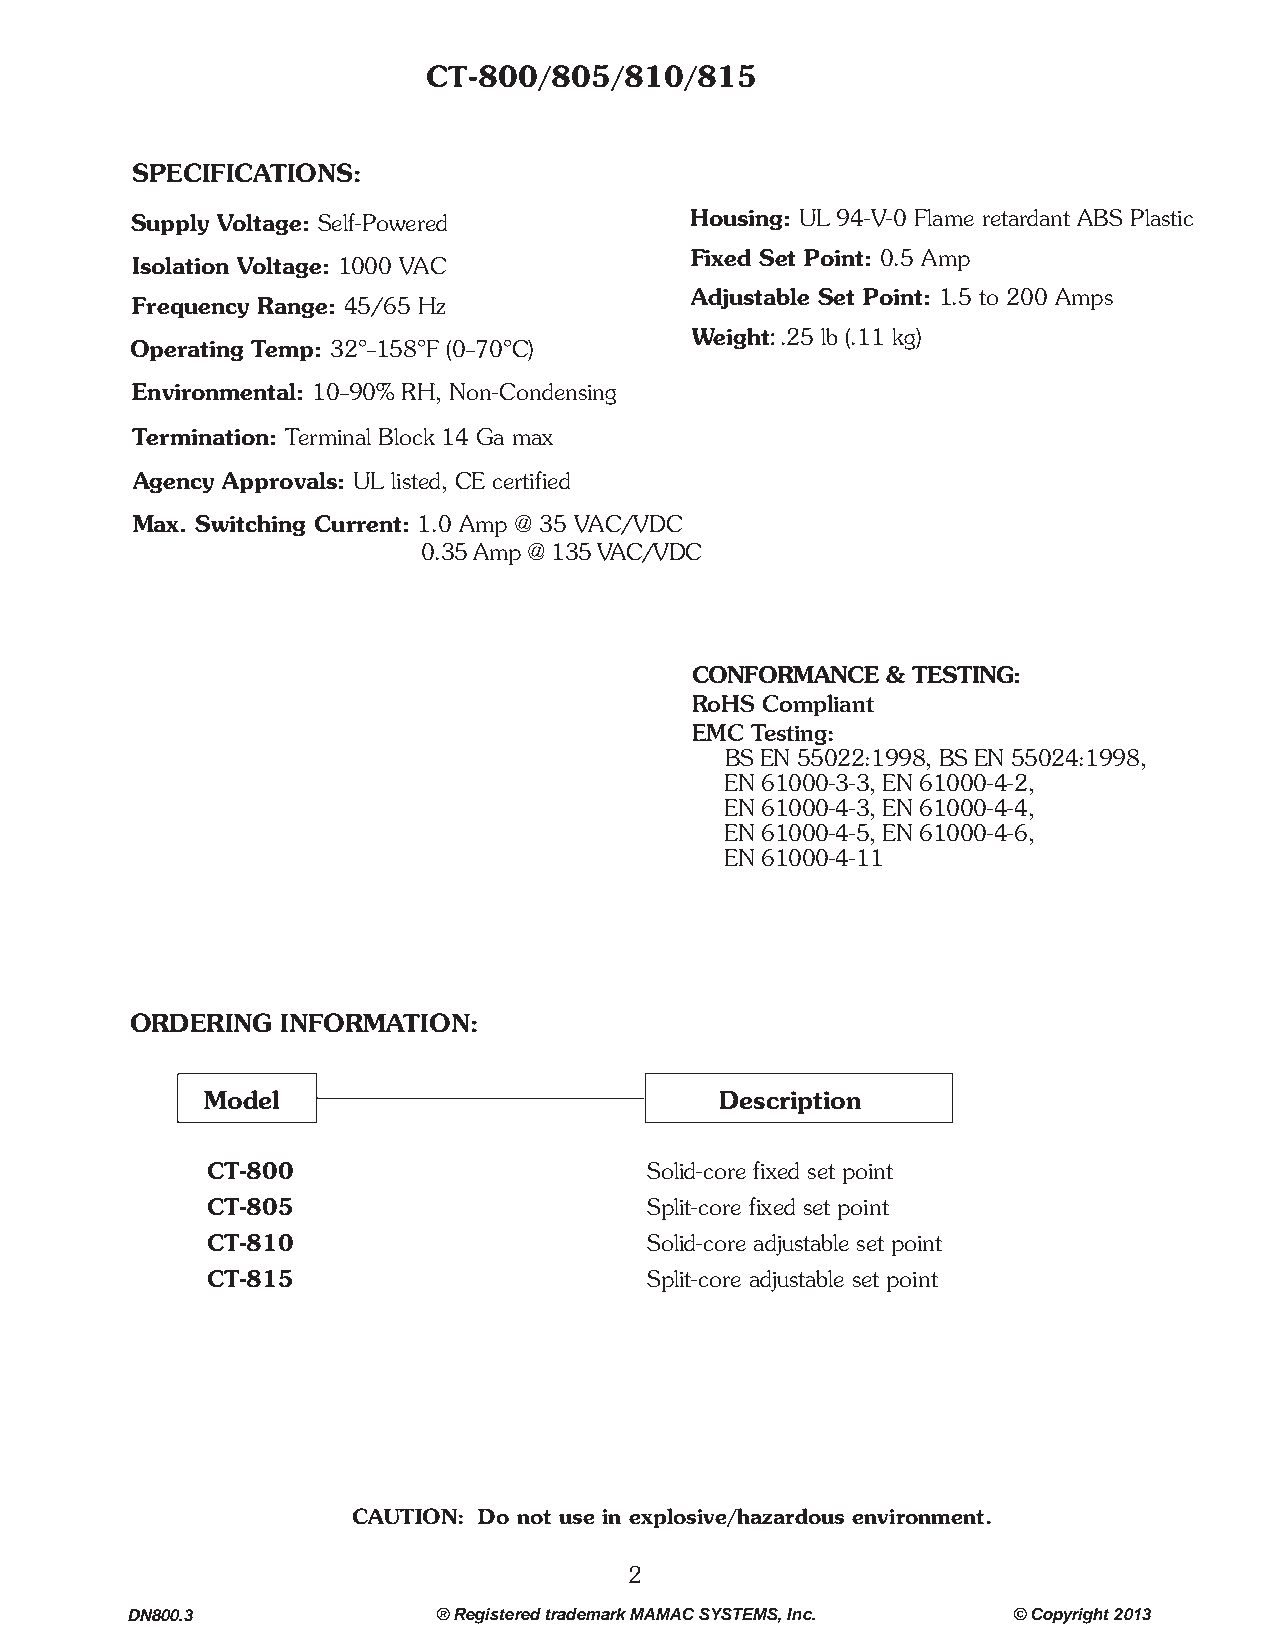
CT-800/805/810/815
 SPECIFICATIONS:
 Supply Voltage: Self-Powered         Housing: UL 94-V-0 Flame retardant ABS Plastic
 Fixed Set Point: 0.5 Amp
 Isolation Voltage: 1000 VAC
 Adjustable Set Point: 1.5 to 200 Amps
 Frequency Range: 45/65 Hz
 :
 Weight .25 lb (.11 kg)
 Operating Temp: 32°–158°F (0–70°C)
 Environmental: 10–90% RH, Non-Condensing
 Termination: Terminal Block 14 Ga max
 Agency Approvals: UL listed, CE certified
 Max. Switching Current: 1.0 Amp @ 35 VAC/VDC
 0.35 Amp @ 135 VAC/VDC
 CONFORMANCE  & TESTING:
 RoHS Compliant
 EMC Testing:
 BS EN 55022:1998, BS EN 55024:1998,
 EN 61000-3-3, EN 61000-4-2,
 EN 61000-4-3, EN 61000-4-4,
 EN 61000-4-5, EN 61000-4-6,
 EN 61000-4-11
 ORDERING  INFORMATION:
 Model                             Description
 CT-800                       Solid-core fixed set point
 CT-805                       Split-core fixed set point
 CT-810                       Solid-core adjustable set point
 CT-815                       Split-core adjustable set point
 CAUTION: Do not use in explosive/hazardous environment.
 2
 DN800.3              ® Registered trademark MAMAC SYSTEMS, Inc. © Copyright 2013